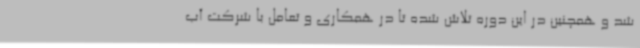
شد و همچنین در این دوره تلاش شده تا در همکاری و تعامل با شرکت آب